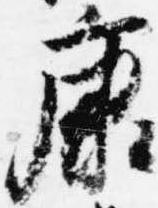
康